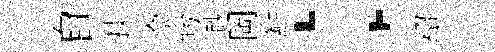
自掞俞盻渺岡鯆；绍